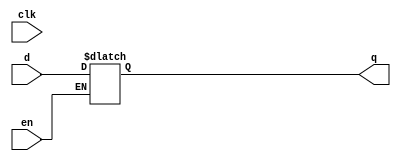
module latchp_noinit (
    input d,
    clk,
    en,
    output reg q
);
  always @* if (en) q <= d;
endmodule